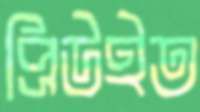
প্রিউইত